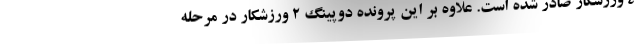
۴ ورزشکار صادر شده است. علاوه بر این پرونده دوپینگ ۲ ورزشکار در مرحله